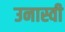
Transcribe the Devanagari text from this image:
उनास्वी